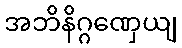
အဘိနိဂ္ဂဏှေယျ